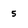
Character: 5